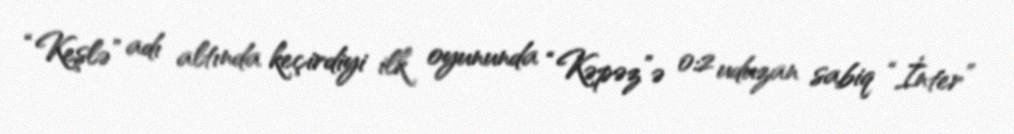
“Keşlə” adı altında keçirdiyi ilk oyununda “Kəpəz”ə 0:2 uduzan sabiq “İnter”